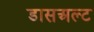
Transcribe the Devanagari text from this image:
डासअल्ट